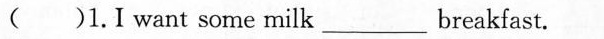
( )1.I want some milk ___ breakfast.